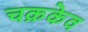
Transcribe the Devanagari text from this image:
चक्रकेव